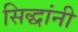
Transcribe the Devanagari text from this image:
सिद्धांनी